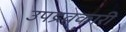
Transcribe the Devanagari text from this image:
उपद्रवकारी